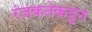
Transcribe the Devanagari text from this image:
रंजकतेकडून